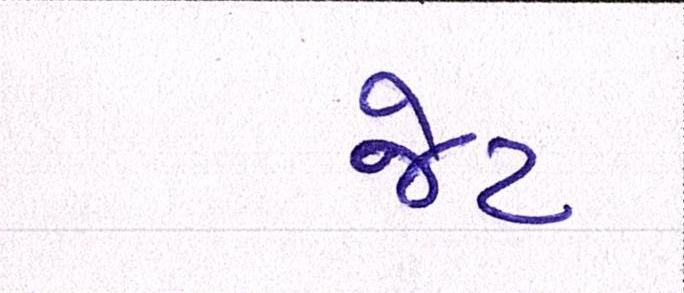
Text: જેટ